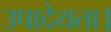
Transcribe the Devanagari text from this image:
उपादेयता।